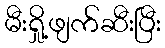
မီးရှို့ဖျက်ဆီးပြီး